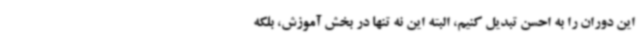
این دوران را به احسن تبدیل کنیم، البته این نه تنها در بخش آموزش، بلکه